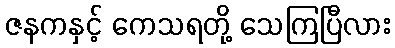
ဇနကနှင့် ကေသရတို့ သေကြပြီလား